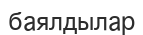
баялдылар